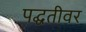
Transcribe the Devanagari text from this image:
पद्घतीवर